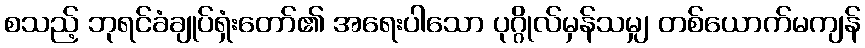
စသည့် ဘုရင်ခံချုပ်ရှံးတော်၏ အရေးပါသော ပုဂ္ဂိုလ်မှန်သမျှ တစ်ယောက်မကျန်